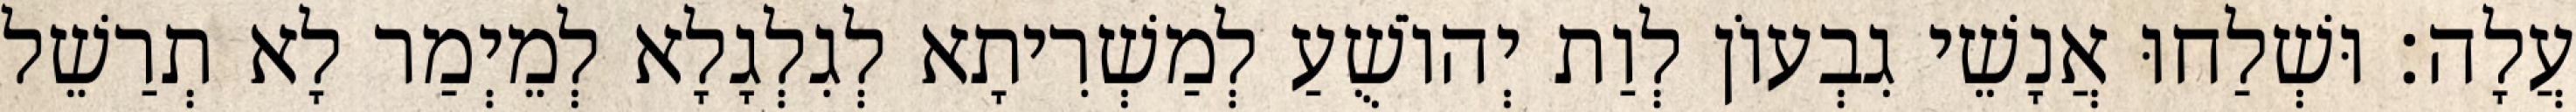
עֲלָה׃ וּשְׁלַחוּ אֲנָשֵׁי גִבְעוֹן לְוַת יְהוֹשֻׁעַ לְמַשְׁרִיתָא לְגִלְגָלָא לְמֵיְמַר לָא תְרַשֵׁל